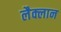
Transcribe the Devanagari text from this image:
लैक्लान